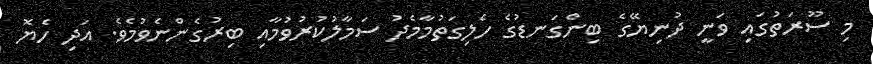
މި ސޫރަތުގައި ވަނީ ދުނިޔޭގެ ބިންގަނޑުގެ ހެލިގަތުމާމެދު ސަމާލުކުރުވުމާއި ބިރުގެންނެވުމެވެ. އަދި ހެޔޮ